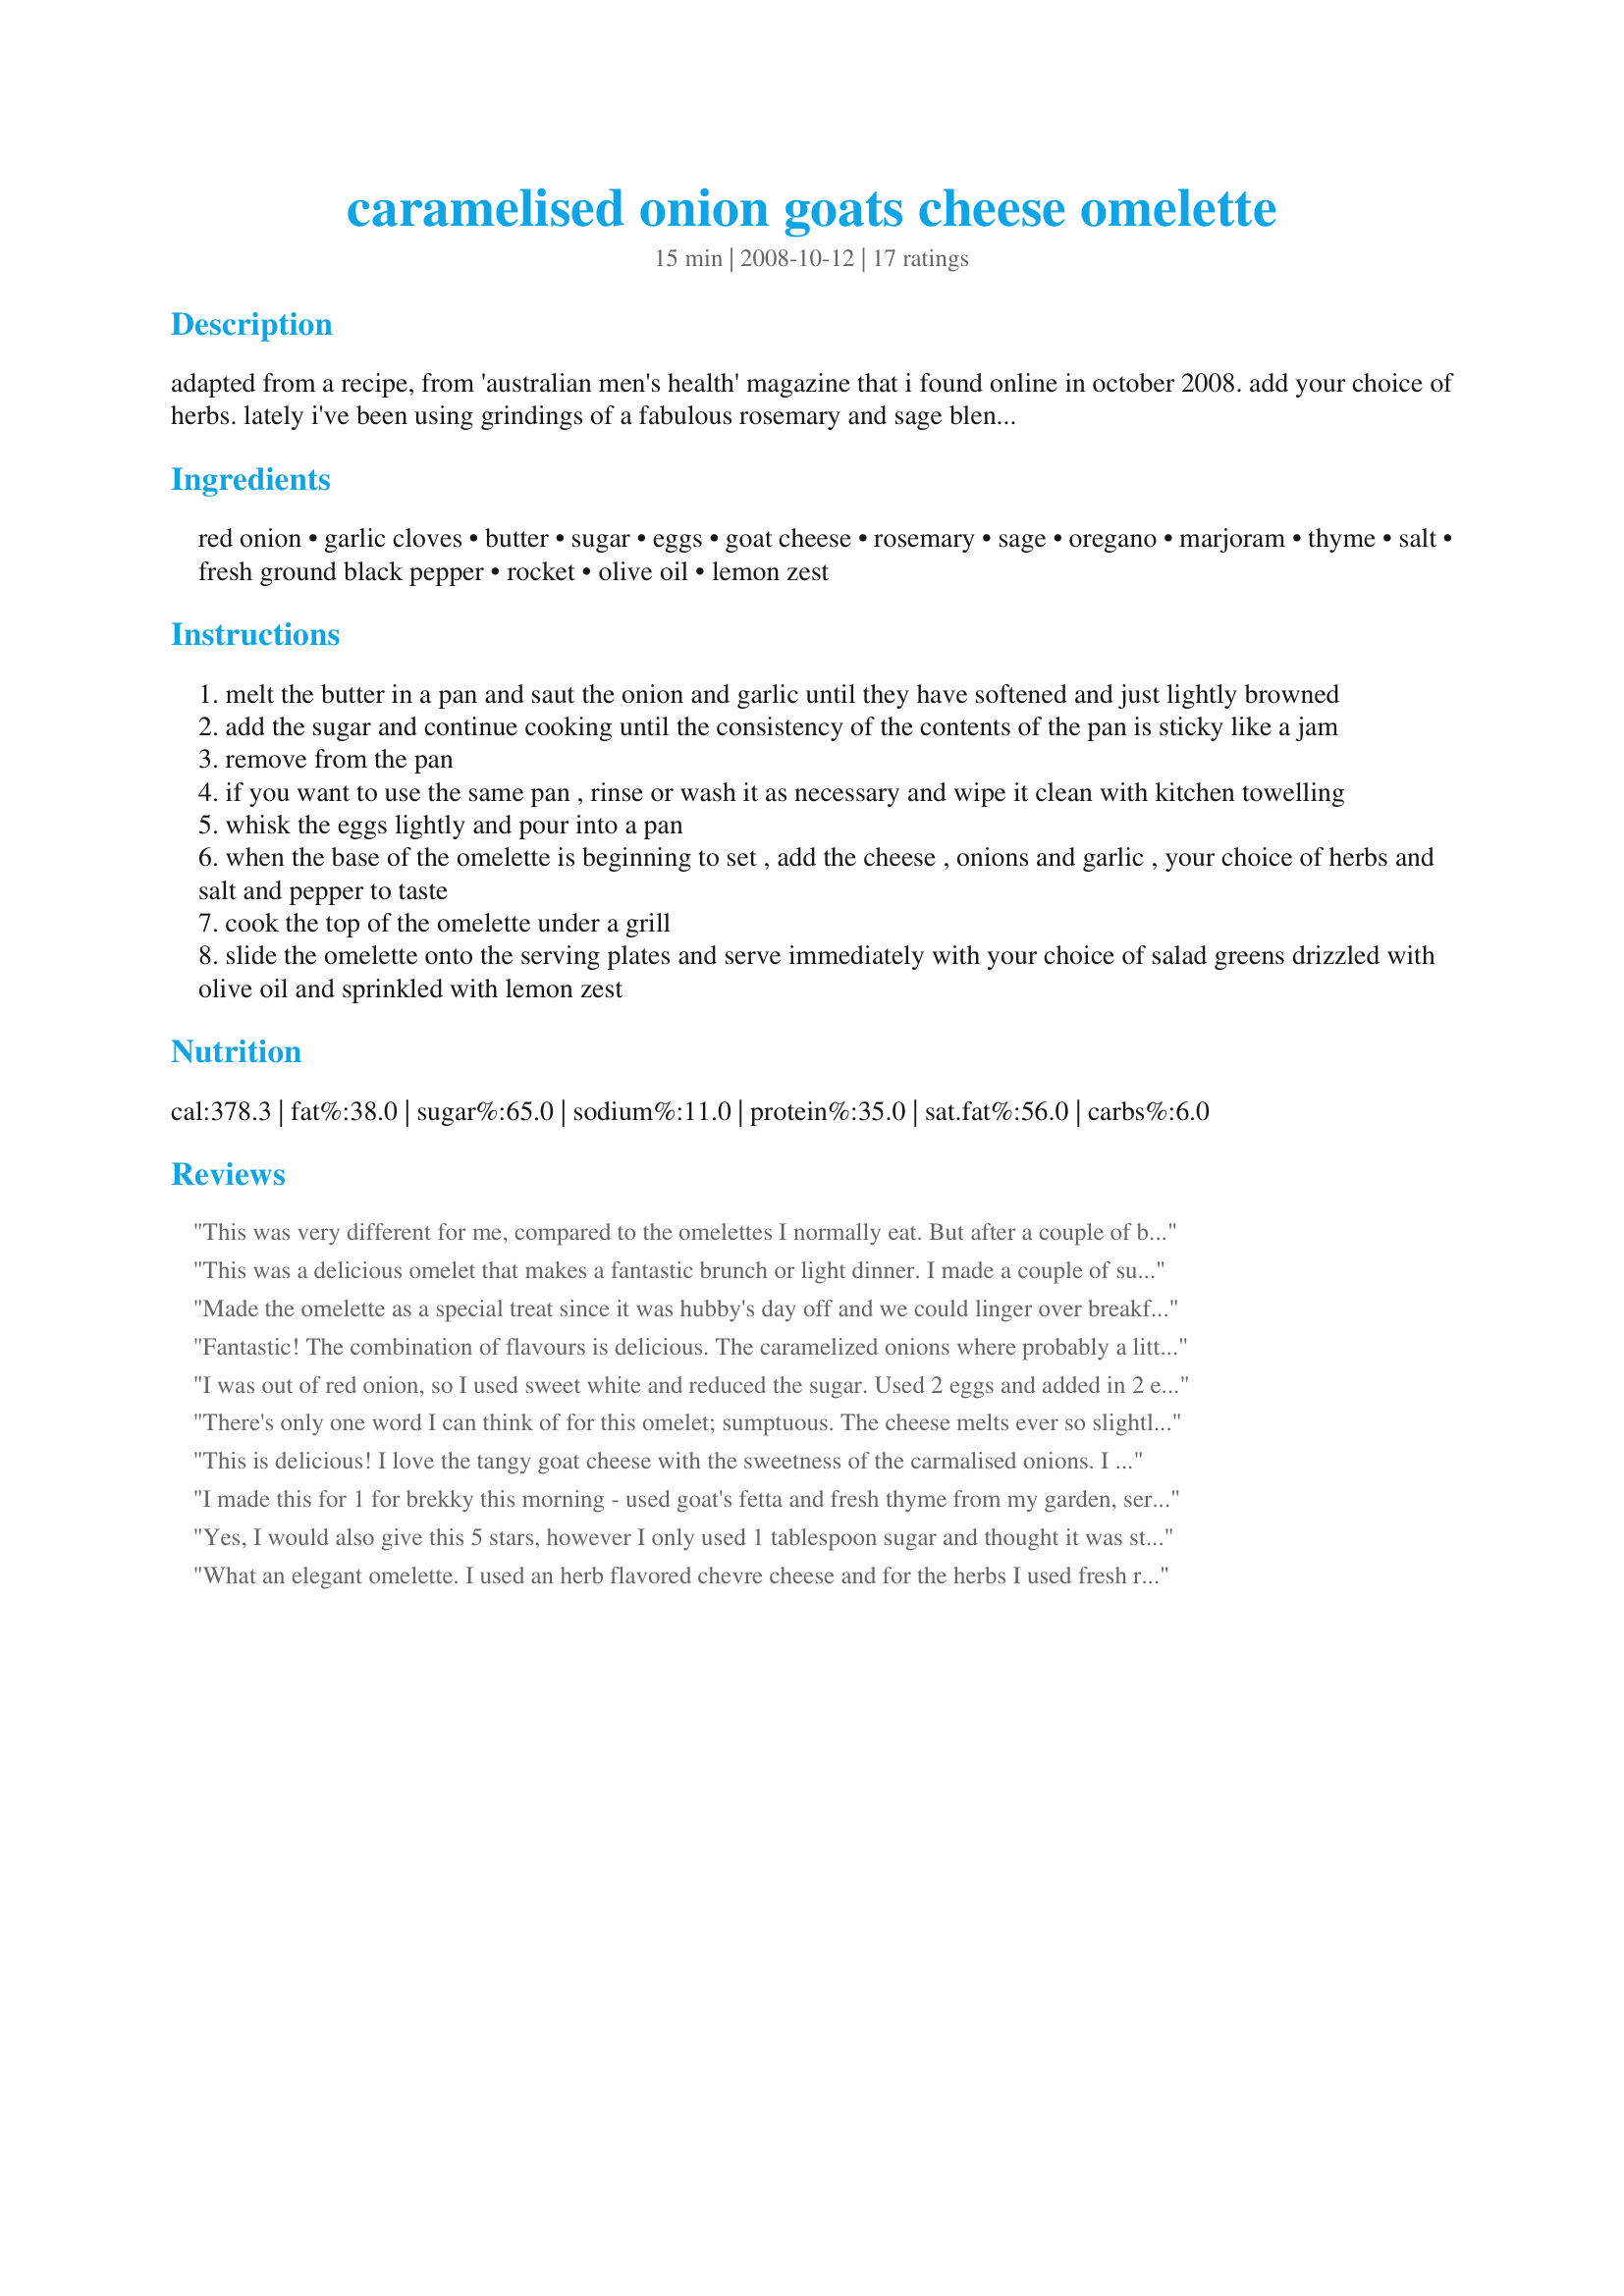
caramelised onion goats cheese omelette
Preparation time: 15 minutes

adapted from a recipe, from 'australian men's health' magazine that i found online in october 2008. add your choice of herbs. lately i've been using grindings of a fabulous rosemary and sage blend in a grinder.

Ingredients:
red onion, garlic cloves, butter, sugar, eggs, goat cheese, rosemary, sage, oregano, marjoram, thyme, salt, fresh ground black pepper, rocket, olive oil, lemon zest

Steps:
melt the butter in a pan and saut the onion and garlic until they have softened and just lightly browned
add the sugar and continue cooking until the consistency of the contents of the pan is sticky like a jam
remove from the pan
if you want to use the same pan , rinse or wash it as necessary and wipe it clean with kitchen towelling
whisk the eggs lightly and pour into a pan
when the base of the omelette is beginning to set , add the cheese , onions and garlic , your choice of herbs and salt and pepper to taste
cook the top of the omelette under a grill
slide the omelette onto the serving plates and serve immediately with your choice of salad greens drizzled with olive oil and sprinkled with lemon zest

Reviews:
This was very different for me, compared to the omelettes I normally eat. But after a couple of bites, it grew on me. I followed the directions as written but had to sub regular onion for the red and left out the rosemary, but used all other optional ingredients for the omelette. I used some fleur de sel for the salt to really make it a French omelette. And since I was having this for breakfast, I didn't us the salad greens. Next time I would completely leave out the sugar, as the caramelised onions are sweet enough. Thanks for sharing the recipe. Made for ZWT 5.
This was a delicious omelet that makes a fantastic brunch or light dinner. I made a couple of substitutions based on what was in house. The onion was a Vidala onion, the cheese was crumbled feta and a mixture of fresh from the garden herbs. I omitted the sugar without any problems. This was served on a bed of mixed spring greens that had been dressed with a lemon vinaigrette. Merci beaucoup....Made for *ZWT 5*
Made the omelette as a special treat since it was hubby's day off and we could linger over breakfast. I used 3 fresh herbs - rosemary, marjoram, and thyme - and did use the salad greens-forgot the lemon zest even though I had it at the ready. Made for the Bodacious Brickhouse Babes, ZWT5.
Fantastic! The combination of flavours is delicious. The caramelized onions where probably a little too sweet but it worked great for me since I had a SUPER STRONG goat cheese. The omelette pairs wonderful with the salad greens with the olive oil and lemon zest. I will definitely make this dish again and it's going into my Zaar cookbook right now. Thank you bluemoon.
I was out of red onion, so I used sweet white and reduced the sugar. Used 2 eggs and added in 2 egg whites. Did not make the salad portion, but served it with Recipe #305909 instead. Thank you so much for posting. Made for ZWT 5.
There's only one word I can think of for this omelet; sumptuous. The cheese melts ever so slightly, getting a silky texture, the onions are sweet, and go just perfectly with the cheese. I halved the recipe to make an omelet for one, used rosemary from my garden, and skipped the salad in favor of a nice juicy orange and some vanilla yogurt. Thanks for a luxurious brunch.
This is delicious! I love the tangy goat cheese with the sweetness of the carmalised onions. I served it with spinach and sliced fruit. I did not finish it off under the grill but folded it how we were taught in the omelette tutorial for ZWT 5. Thanks, I will definitely make this again.
I made this for 1 for brekky this morning - used goat's fetta and fresh thyme from my garden, served on spinach too . Totally enjoyable .
Yes, I would also give this 5 stars, however I only used 1 tablespoon sugar and thought it was still too sweet. I made this for a ZWT 5 live challenge, and tried to monitor the "cook" (French Tart) and my omelette at the same time. As a result, my omelette came out more like scrambled eggs:( But it still tasted great! Like other reviewers, I appreciated the tangy goat cheese along with the sweetness of the onions. I added a pinch of all the herbs, and because I was distracted, forgot to add the spinach or the lemon zest at the end. I think I'll try this again the right way:)
What an elegant omelette. I used an herb flavored chevre cheese and for the herbs I used fresh rosemary, thyme, sage, oregano and threw in a little dried tarragon. Cooked up so well and had a lot of different flavors. Merci! Made for Las Mistico Magicos Sirenas - ZWT5 - Omelette Challenge.
This is really tasty! I didn't use the added sugar, and the onions caramelized fine! Nice blend of flavors with the herbs and cheese. I used the herbs listed. Since we were having this for breakfast, I skipped the "salad" and served this with some fried potatoes and whole-wheat toast.
5-Star for sure. The onions were amazingly good. I only used 1 tbsp of sugar and found it plenty sweet for us. I also used 6 eggs as we were 3 people eating it...still worked out very nicely. I'll be making this for our next brunch get together, thanks! Made for ZWT5, Cooks with Dirty Faces, Omelette challenge.
Yum! I loved the carmalized onions! I halved the recipe and used rosemary and parsley from the garden, and threw in a little dried thyme to boot. Made for the Epicurean Queens for the Omelet challenge. Merci!
This is heaven. I did half the amount of onion but left everything else the same. This combination seems perfectly balanced. AMAZING.
This was delicious and easy to assemble! I think using shallots in place of red onion made a huge difference though. Red onions tend to dominate a dish, in my opinion. The shallots were slowly caramelized on low-medium heat for about 12 mintues. I only placed the omelet under the broiler perhaps a minute, if that. Free range, cage free local eggs were used and fresh herbs from our her garden garnished the top of the omelet. Served with Recipe #235909 and slices of Tuscan melon. Reviewed for ZWT 2009 and the infamous French Omelet Challenge. Thank you! cg
Served this omelette for brunch today. 
Liked the tangy goat cheese with the caramelised onion, served it on top of the spinach. Used Thyme. Everything went well together, very flavorful.
Made for ZWT 5, Omelette Challenge, Sultans of Spice
Pretty good. But the caramelized onions and the cheese are too much for each other. It either needs to be one or the other. The cheese is overshadowed by the caramelized onions. A waste of goat cheese. Use one or the other not both. And it isn't the onions, one could use the onions alone but the sweetness that comes with the caramelization is too much. And it needs little to no salt.
